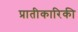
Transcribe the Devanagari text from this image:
प्रातीकारिकी